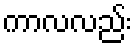
ကာလလည်း